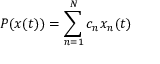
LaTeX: P ( x ( t ) ) = \sum _ { n = 1 } ^ { N } c _ { n } x _ { n } ( t )